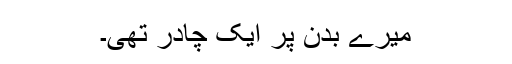
میرے بدن پر ایک چادر تھی۔